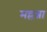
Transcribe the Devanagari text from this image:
मल्लन्ना